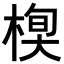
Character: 𣕍